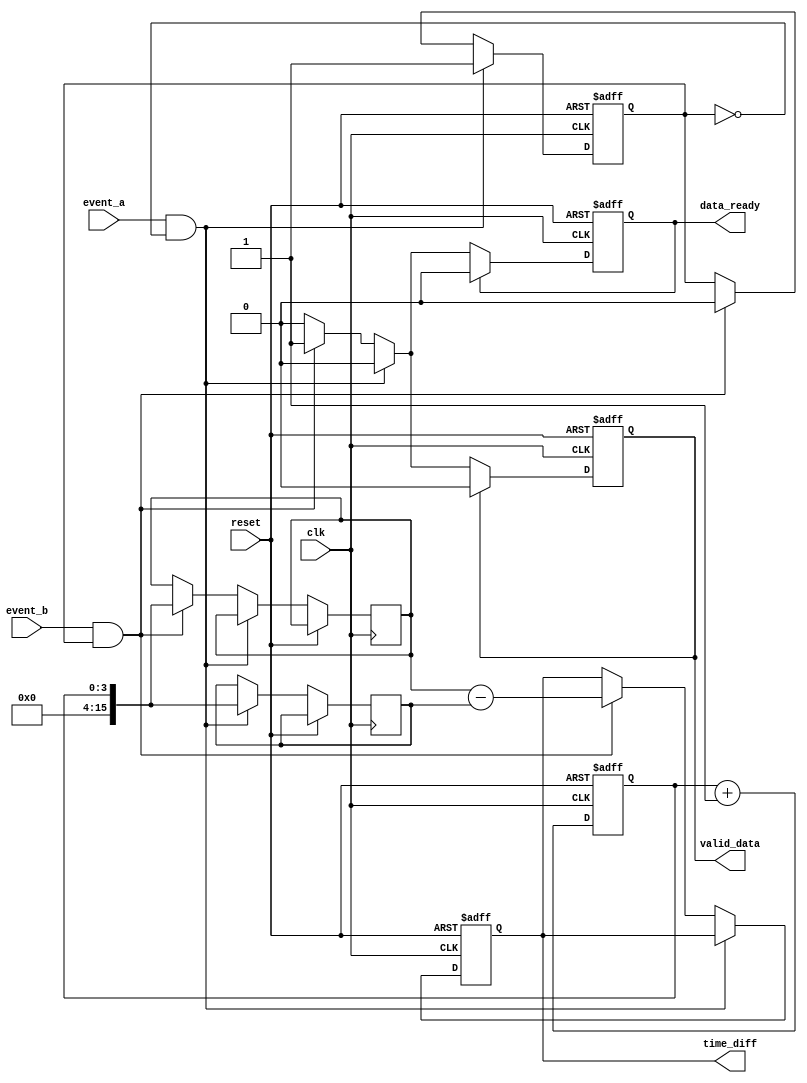
module TDC (
    input wire clk,                  // Global clock signal
    input wire reset,                // Reset signal
    input wire event_a,              // Start signal
    input wire event_b,              // Stop signal
    output reg [15:0] time_diff,     // Time difference output
    output reg valid_data,           // Valid data indicator
    output reg data_ready            // Data ready indicator
);

    // Parameters
    localparam MEMORY_SIZE = 16;     // Size of the memory array
    localparam ADDRESS_WIDTH = 4;     // Address width for MEMORY_SIZE = 16

    // Registers
    reg [15:0] memory [0:MEMORY_SIZE-1]; // Memory array
    reg [ADDRESS_WIDTH-1:0] write_address; // Memory write address
    reg [15:0] start_timestamp;        // Start timestamp
    reg [15:0] stop_timestamp;         // Stop timestamp
    reg capturing;                     // State of the capturing process
    reg [ADDRESS_WIDTH-1:0] count;     // Counting variable for timestamps

    // Reset logic
    always @(posedge clk or posedge reset) begin
        if (reset) begin
            time_diff <= 16'd0;        // Clear time difference
            valid_data <= 1'b0;        // Clear valid data indicator
            data_ready <= 1'b0;        // Clear data ready indicator
            capturing <= 1'b0;         // Clear capturing state
            write_address <= 4'b0;     // Reset write address
            count <= 4'b0;             // Reset count
        end else begin
            if (event_a && !capturing) begin
                // Capture start timestamp
                start_timestamp <= count; // Capture current clock count
                capturing <= 1'b1;        // Set capturing state
            end else if (event_b && capturing) begin
                // Capture stop timestamp
                stop_timestamp <= count;  // Capture current clock count
                memory[write_address] <= stop_timestamp - start_timestamp; // Store time difference
                time_diff <= stop_timestamp - start_timestamp; // Calculate time difference
                valid_data <= 1'b1;      // Set valid data indicator
                data_ready <= 1'b1;      // Set data ready indicator
                capturing <= 1'b0;       // Reset capturing state
                write_address <= write_address + 1; // Increment write address
            end
            
            // Update the current clock cycle count
            count <= count + 1'b1;
            
            // Manage memory overflow
            if (write_address >= MEMORY_SIZE-1) begin
                write_address <= 4'b0;   // Reset memory write address on overflow
            end

            // Clear flags at next clock cycle for valid and ready signals
            if (valid_data) begin
                valid_data <= 1'b0;      // Clear after reading
            end
            if (data_ready) begin
                data_ready <= 1'b0;      // Clear after reading
            end
        end
    end

endmodule